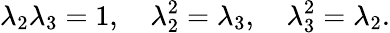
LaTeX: \lambda_{2}\lambda_{3}=1,\quad\lambda_{2}^{2}=\lambda_{3},\quad\lambda_{3}^{2}=\lambda_{2}.